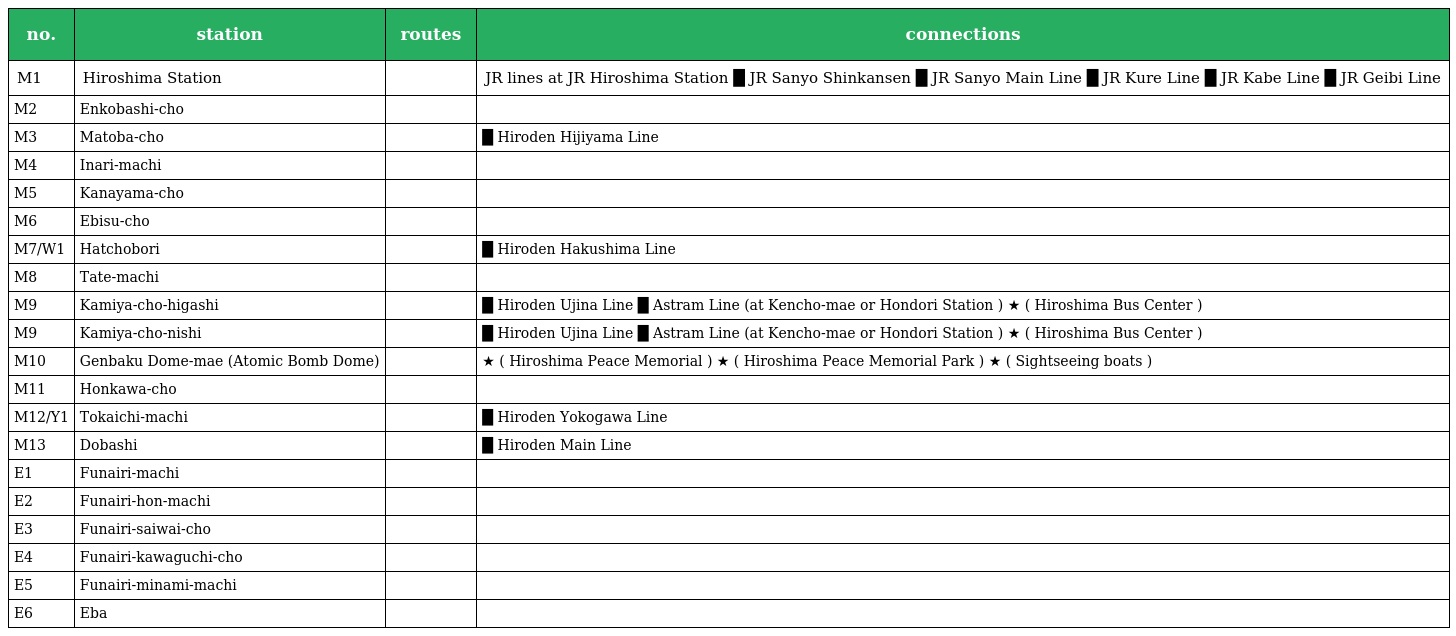
| no. | station | routes | connections |
 | --- | --- | --- | --- |
 | M1 | Hiroshima Station |  | JR lines at JR Hiroshima Station █ JR Sanyo Shinkansen █ JR Sanyo Main Line █ JR Kure Line █ JR Kabe Line █ JR Geibi Line |
 | M2 | Enkobashi-cho |  |  |
 | M3 | Matoba-cho |  | █ Hiroden Hijiyama Line |
 | M4 | Inari-machi |  |  |
 | M5 | Kanayama-cho |  |  |
 | M6 | Ebisu-cho |  |  |
 | M7/W1 | Hatchobori |  | █ Hiroden Hakushima Line |
 | M8 | Tate-machi |  |  |
 | M9 | Kamiya-cho-higashi |  | █ Hiroden Ujina Line █ Astram Line (at Kencho-mae or Hondori Station ) ★ ( Hiroshima Bus Center ) |
 | M9 | Kamiya-cho-nishi |  | █ Hiroden Ujina Line █ Astram Line (at Kencho-mae or Hondori Station ) ★ ( Hiroshima Bus Center ) |
 | M10 | Genbaku Dome-mae (Atomic Bomb Dome) |  | ★ ( Hiroshima Peace Memorial ) ★ ( Hiroshima Peace Memorial Park ) ★ ( Sightseeing boats ) |
 | M11 | Honkawa-cho |  |  |
 | M12/Y1 | Tokaichi-machi |  | █ Hiroden Yokogawa Line |
 | M13 | Dobashi |  | █ Hiroden Main Line |
 | E1 | Funairi-machi |  |  |
 | E2 | Funairi-hon-machi |  |  |
 | E3 | Funairi-saiwai-cho |  |  |
 | E4 | Funairi-kawaguchi-cho |  |  |
 | E5 | Funairi-minami-machi |  |  |
 | E6 | Eba |  |  |